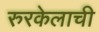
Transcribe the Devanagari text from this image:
रुरकेलाची